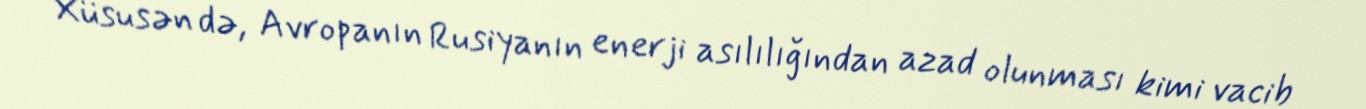
Xüsusən də, Avropanın Rusiyanın enerji asılılığından azad olunması kimi vacib